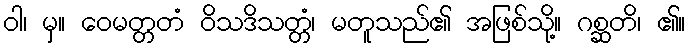
ဝါ၊ မှ။ ဝေမတ္တတံ ဝိသဒိသတ္တံ၊ မတူသည်၏ အဖြစ်သို့။ ဂစ္ဆတိ၊ ၏။